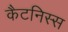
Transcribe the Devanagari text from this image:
कैटनिस्स